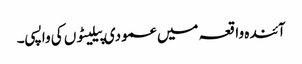
آئندہ واقعہ میں عمودی پیلیٹوں کی واپسی۔